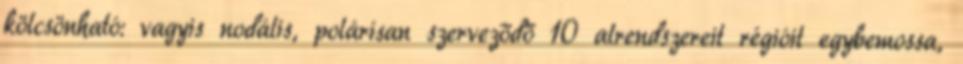
kölcsönható: vagyis nodális, polárisan szerveződő 10 alrendszereit régióit egybemossa,